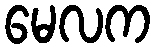
မေလက